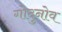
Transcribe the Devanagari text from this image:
गोदुनोव